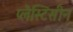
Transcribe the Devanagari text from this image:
प्लैस्टिसीन